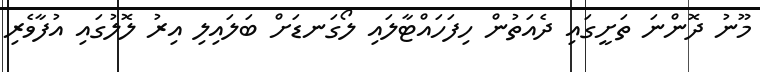
މޫނު ދޮންނަ ތަށީގައި ދެއަތުން ހިފަހައްޓާލައި ލޯގަނޑަށް ބަލައިލި އިރު ލޮލުގައި އުފާވެރި